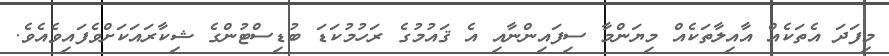
މިފަދަ އެތަކެއް އާއިލާތަކެއް މިޔަންމާ ސިފައިންނާއި އެ ޤައުމުގެ ރަހުމުކަޑަ ބުޑިސްޓުންގެ ޝިކާރައަކަށްވެފައިވެއެވެ.